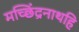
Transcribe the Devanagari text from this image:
मच्छिंद्रनाथहि